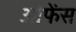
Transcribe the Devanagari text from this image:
ओफेंस